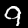
Label: 9